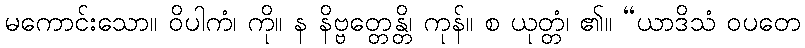
မကောင်းသော။ ဝိပါကံ၊ ကို။ န နိဗ္ဗတ္တေန္တိ၊ ကုန်။ စ ယုတ္တံ၊ ၏။ “ယာဒိသံ ဝပတေ